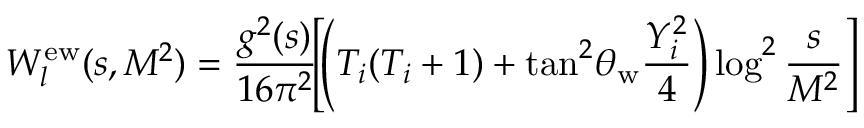
W _ { l } ^ { \mathrm { e w } } ( s , M ^ { 2 } ) = \frac { g ^ { 2 } ( s ) } { 1 6 \pi ^ { 2 } } \! \! \left[ \! \left( T _ { i } ( T _ { i } + 1 ) + \tan ^ { 2 } \! \theta _ { \mathrm { w } } \frac { Y _ { i } ^ { 2 } } { 4 } \right) \log ^ { 2 } \frac { s } { M ^ { 2 } } \right]